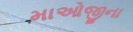
માઓજીના